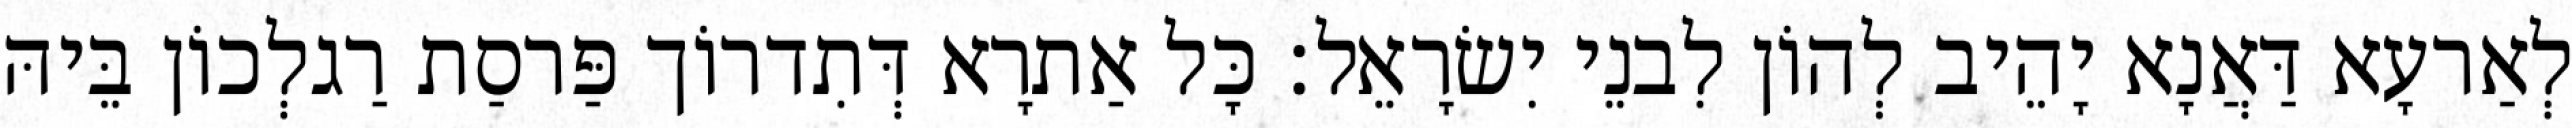
לְאַרעָא דַּאֲנָא יָהֵיב לְהוֹן לִבנֵי יִשׂרָאֵל׃ כָּל אַתרָא דְּתִדרוֹך פַּרסַת רַגלְכוֹן בֵּיהּ